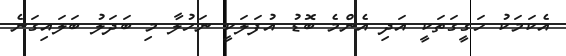
އެކަމަކު ހަގީގަތަކީ އަދި އެންމެ ބޮޑު އުފަލަކީ ނަހުލާ މި ބަދަލު ބަލައިގަނެ